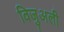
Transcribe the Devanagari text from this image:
विजुअली